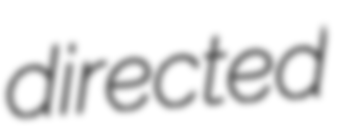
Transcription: directed